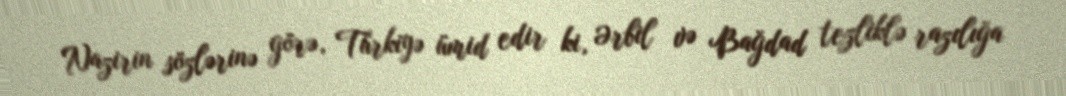
Nazirin sözlərinə görə, Türkiyə ümid edir ki, Ərbil və Bağdad tezliklə razılığa